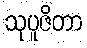
သုပူဇိတာ